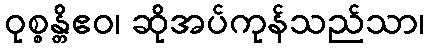
ဝုစ္စန္တိဧဝ၊ ဆိုအပ်ကုန်သည်သာ၊